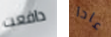
دافعت عادا